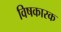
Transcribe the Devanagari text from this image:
विषकारक